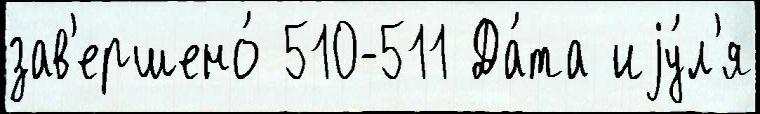
зав'ершено́ 510-511 Да́та иjу́л'я